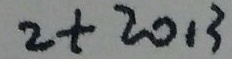
2 + 2 0 1 3